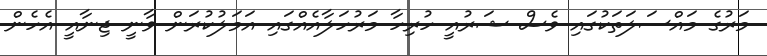
މަރުގެ މައްސަލަތަކުގައި ވެސް ޝަރުއީ ހުރިހާ މަރުހަލާއެއްގައި އަމަލުކުރަން ވާނީ ޖިނާއީ އެހެން